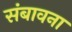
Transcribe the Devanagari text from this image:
संबावना